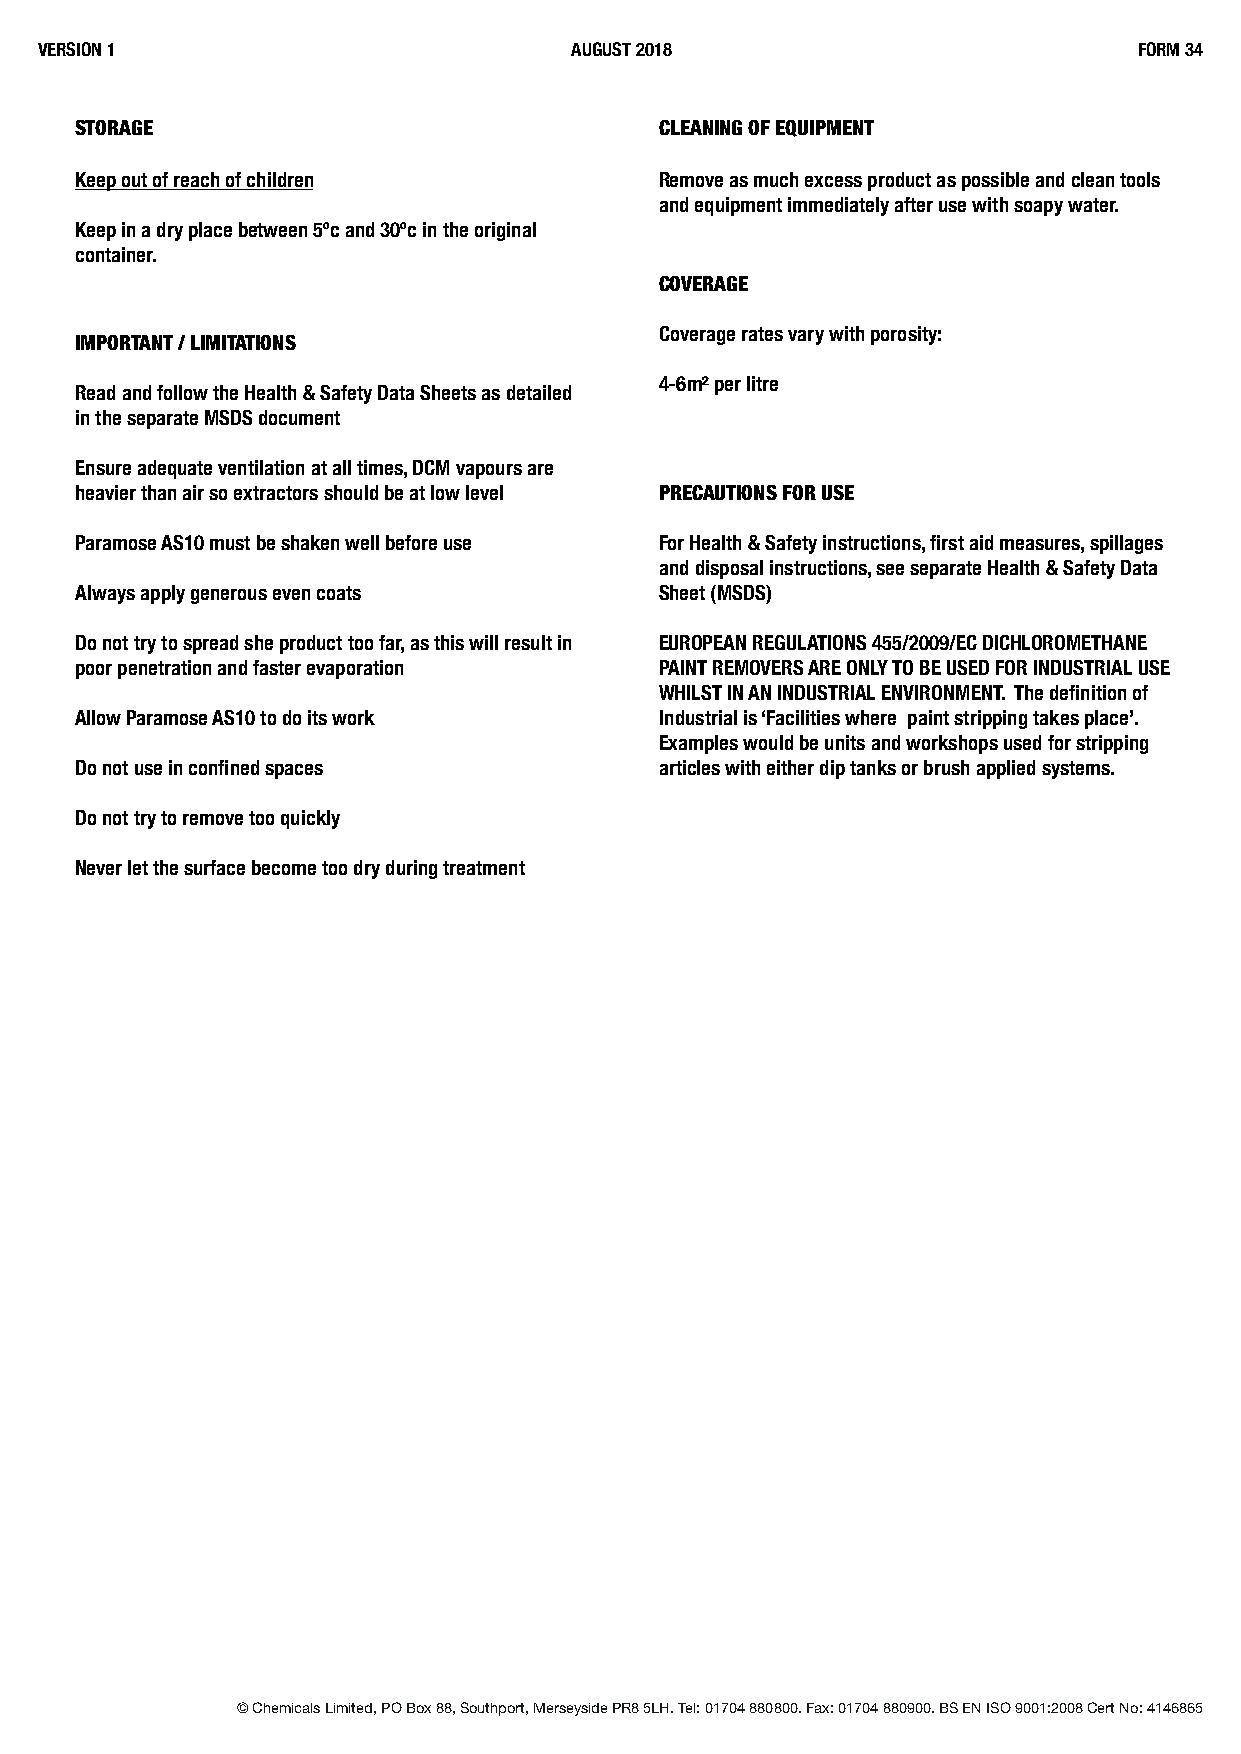
VERSION 1                           AUGUST 2018                          FORM 34
 STORAGE                                CLEANING OF EQUIPMENT
 Keep out of reach of children          Remove as much excess product as possible and clean tools
 and equipment immediately after use with soapy water.
 Keep in a dry place between 5ºc and 30ºc in the original
 container.
 COVERAGE
 Coverage rates vary with porosity:
 IMPORTANT / LIMITATIONS
 4-6m² per litre
 Read and follow the Health & Safety Data Sheets as detailed
 in the separate MSDS document
 Ensure adequate ventilation at all times, DCM vapours are
 heavier than air so extractors should be at low level PRECAUTIONS FOR USE
 Paramose AS10 must be shaken well before use For Health & Safety instructions, first aid measures, spillages
 and disposal instructions, see separate Health & Safety Data
 Always apply generous even coats       Sheet (MSDS)
 Do not try to spread she product too far, as this will result in EUROPEAN REGULATIONS 455/2009/EC DICHLOROMETHANE
 poor penetration and faster evaporation PAINT REMOVERS ARE ONLY TO BE USED FOR INDUSTRIAL USE
 WHILST IN AN INDUSTRIAL ENVIRONMENT. The definition of
 Allow Paramose AS10 to do its work     Industrial is ‘Facilities where paint stripping takes place’.
 Examples would be units and workshops used for stripping
 Do not use in confined spaces          articles with either dip tanks or brush applied systems.
 Do not try to remove too quickly
 Never let the surface become too dry during treatment
 © Chemicals Limited, PO Box 88, Southport, Merseyside PR8 5LH. Tel: 01704 880800. Fax: 01704 880900. BS EN ISO 9001:2008 Cert No: 4146865